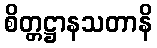
စိတ္တဋ္ဌာနသတာနိ